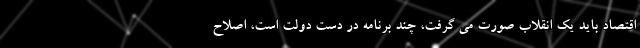
اقتصاد باید یک انقلاب صورت می گرفت، چند برنامه در دست دولت است، اصلاح